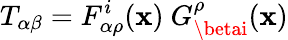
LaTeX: T_{\alpha\beta}=F_{\alpha\rho}^{i}(\mathbf{x})~G_{\betai}^{\rho}(\mathbf{x})